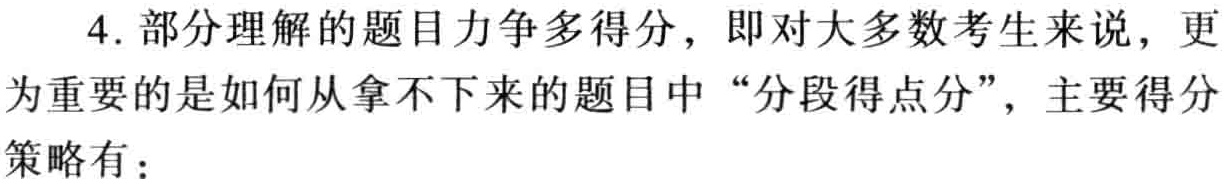
4. 部分理解的题目力争多得分，即对大多数考生来说，更为重要的是如何从拿不下来的题目中“分段得点分”，主要得分策略有：